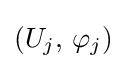
(U_{j},\,\varphi _{j})